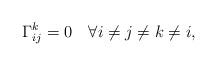
LaTeX: \begin{align*} \Gamma^k_{ij}=0 \quad\forall i\neq j\neq k\neq i, \end{align*}